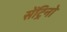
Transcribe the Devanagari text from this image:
सेंट्रिनो